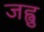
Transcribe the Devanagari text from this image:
जह्वु